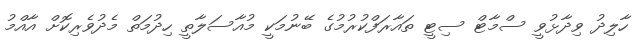
ހާލިދު ވިދާޅުވީ ސްމާޓް ސިޓީ ތައާރަފްކުރުމުގެ ބޭނުމަކީ މުއާސަލާތީ ހިދުމަތް މެދުވެރިކޮށް އާއްމު